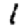
Digit: 1